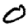
Digit: 0